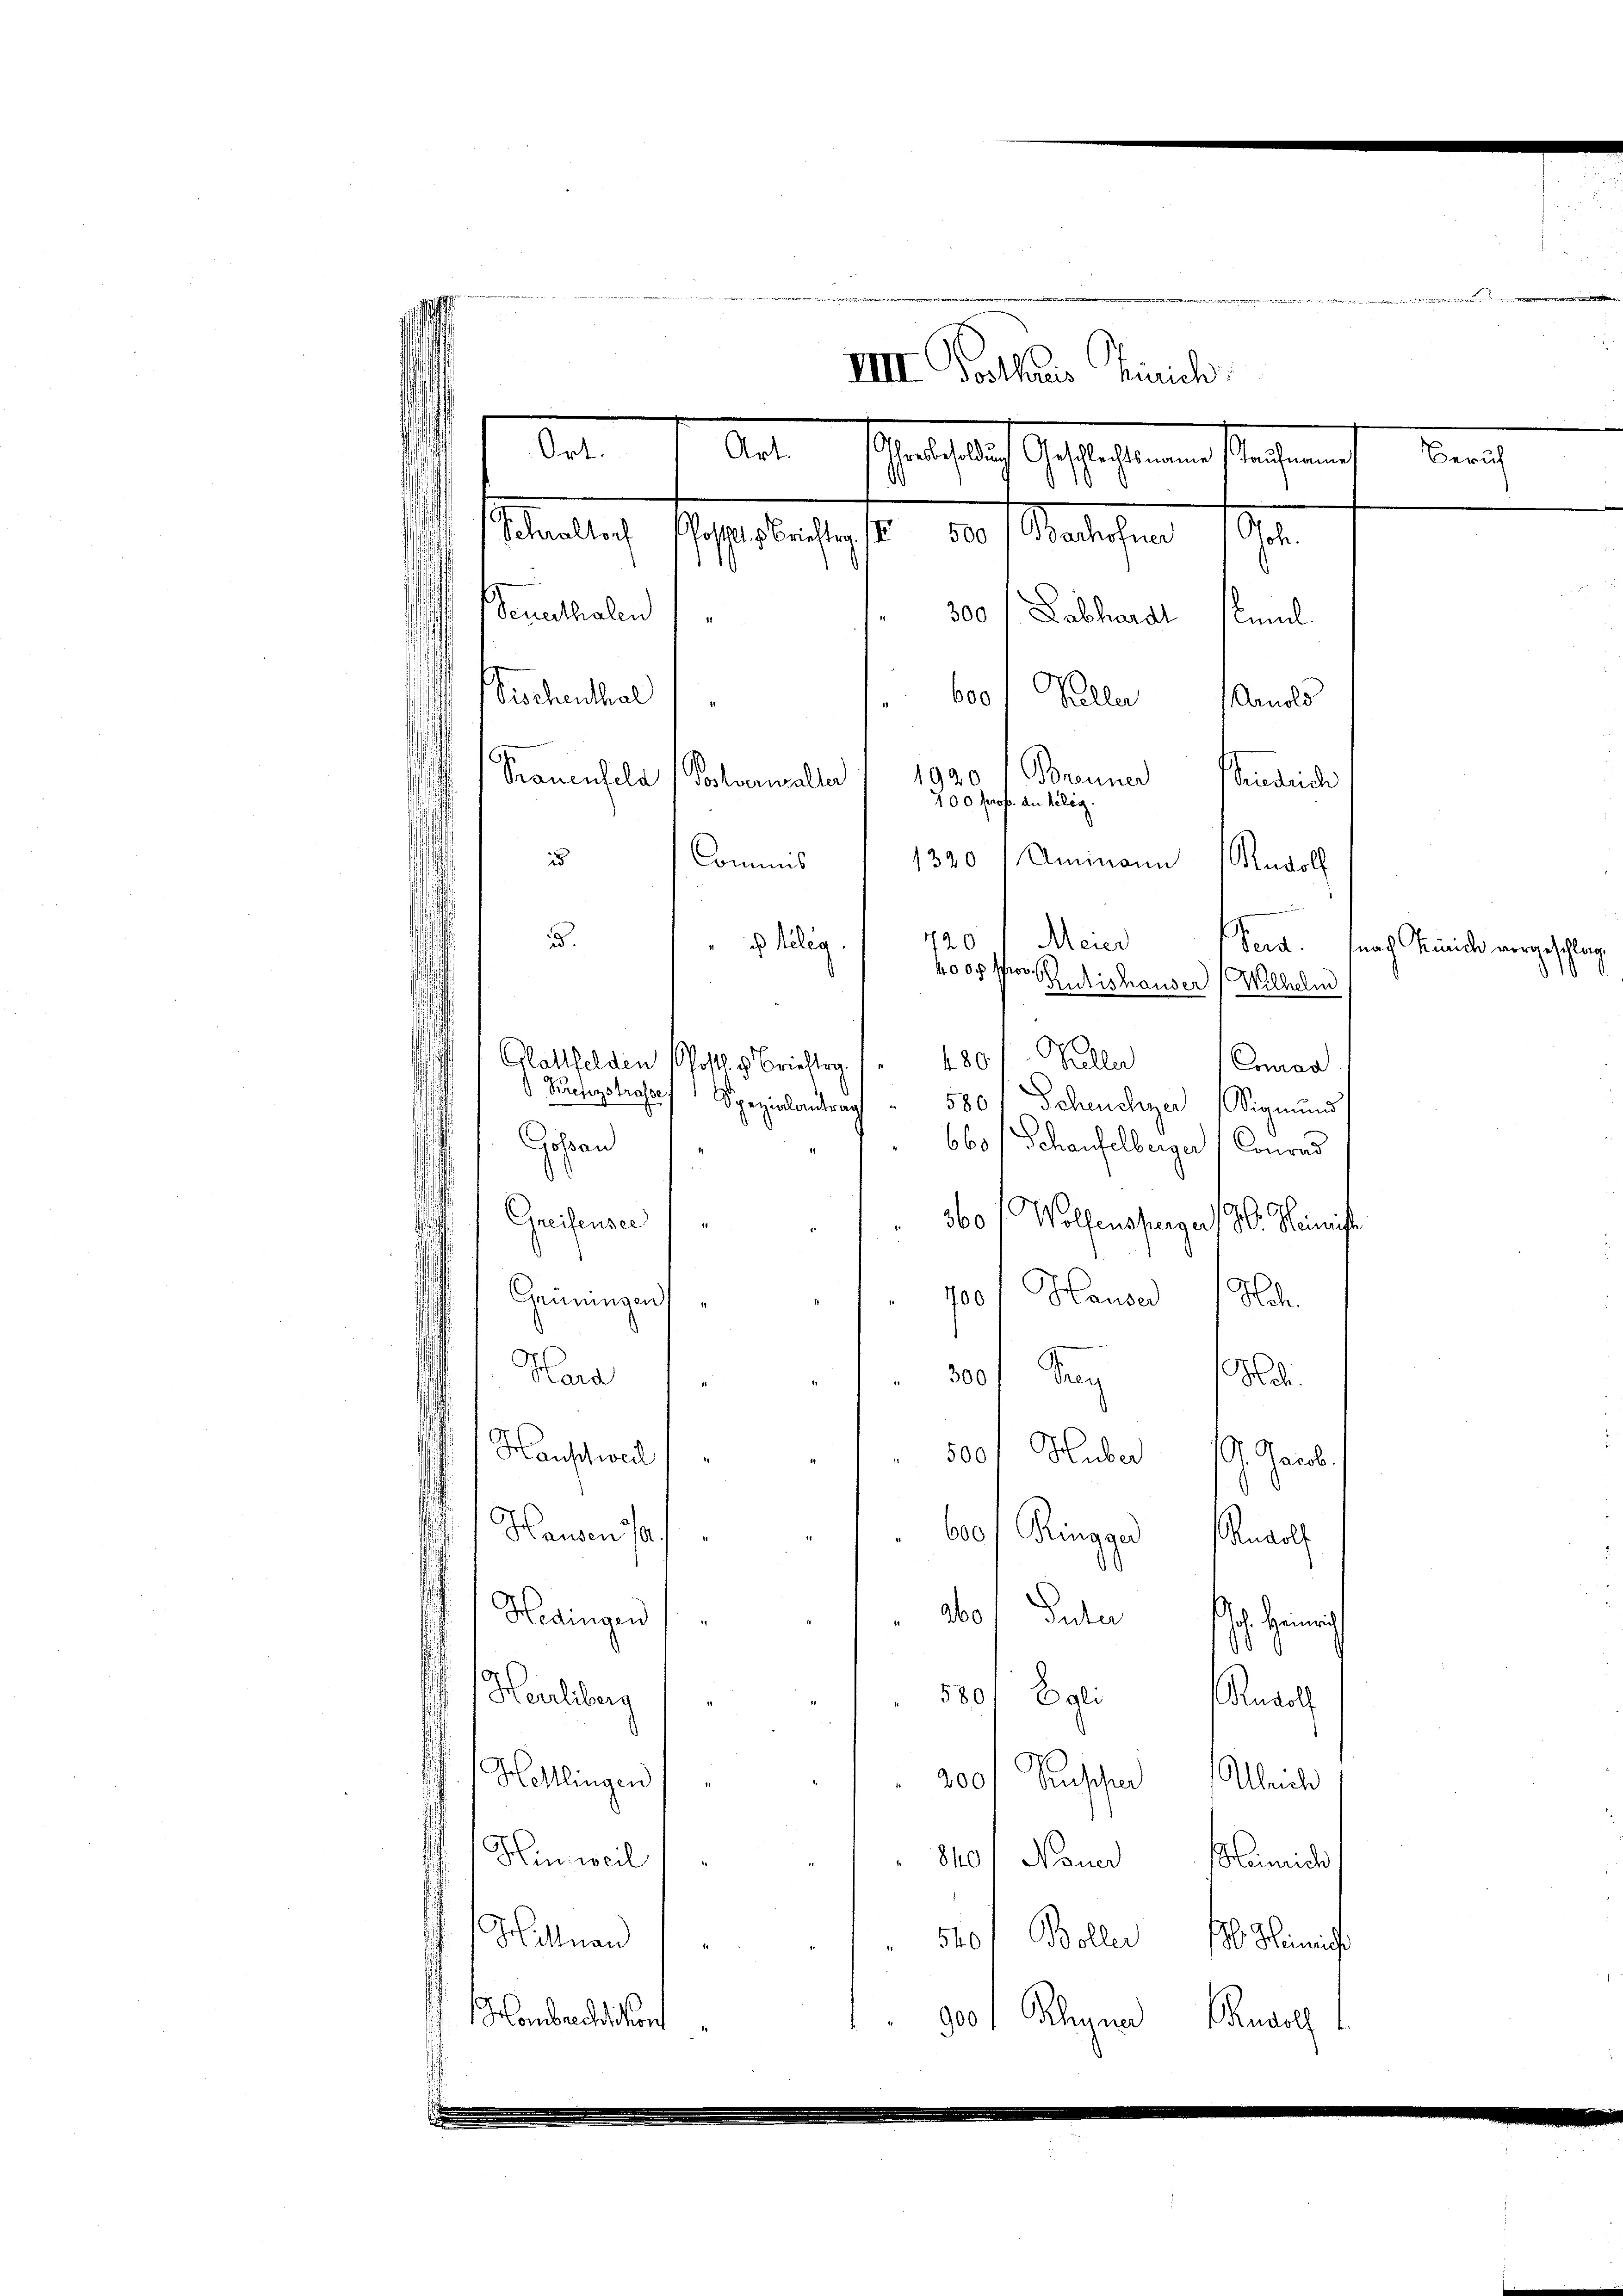
VIII Posthaus Zürich
Art.
Ort.
Gesich Gestehenen Pflegenen
Schraltorf
Postill. Brieftrg
S. die Meister 1890.
.
Seuerthalen
300/ Labhardt simul.
71
¬
600
Tischenthal
Keller Arnold
1
1920
Brenner endliche
Prauenfeld (Postverwalter
100 prop. die lebe
u
1320
Commis
Ummann Rudolf

2.
720 Meier
" teleg
4000 Schwe
Rutishauser Wilhelm
4.80
Pueller
Glattfelden Post. v. Brieftra
Conrad
Pretzstrasse Spezialantrag
5801 Scheuchzer Sigmund
Johan
660/ Schaufelberger Conrad
Greifensee
360 ( Wolfensperger 180. Heimist
7001 Hauser Hoh
Gemeinge
" 300 f drey H.
Hara
4
.
Hauschweil
500 f Huber 1. Jacob.
1
¬
Hausen a
600/ Ringger Rudolf
Hedingen
abo Gute Joh. Henrich
Herrliberg
580/ Egl. Rudol
h. Hollingen,
200 f Ruschen Abneh
Hinweil
840/ Nauer Heinrich
Hittnau
540. Boller 180. Heinrich
HHombrechtikon
900f Klegner Rudolf

raedi

Beruh

Perd. (nach Zürich vorgeschlag
1